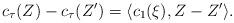
LaTeX: \begin{align*}c_\tau(Z) - c_\tau(Z') = \langle c_1(\xi),Z-Z' \rangle.\end{align*}